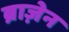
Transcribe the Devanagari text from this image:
ब्राज़ेन